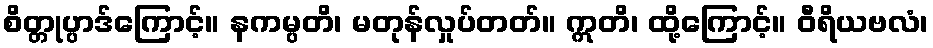
စိတ္တုပ္ပာဒ်ကြောင့်။ နကမ္ပတိ၊ မတုန်လှုပ်တတ်။ ဣတိ၊ ထို့ကြောင့်။ ဝီရိယဗလံ၊